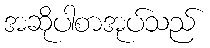
အဆိုပါစာအုပ်သည်